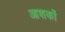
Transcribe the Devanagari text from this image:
आशकों